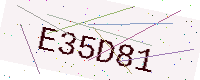
Text: E35D81